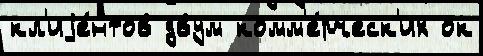
кл'иjе́нтов двум комм'е́рческ'их ок